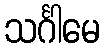
သင်္ဂါမေ